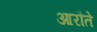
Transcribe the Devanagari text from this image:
आरौते